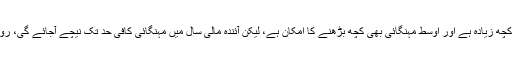
رضا باقر نے کہا کہ مہنگائی کی شرح ہمارے اندازے سے کچھ زیادہ ہے اور اوسط مہنگائی بھی کچھ بڑھنے کا امکان ہے، لیکن آئندہ مالی سال میں مہنگائی کافی حد تک نیچے آجائے گی، رواں مالی سال اوسط مہنگائی 11 سے 12 فیصد رہ سکتی ہے۔